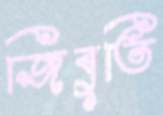
জিবুতি